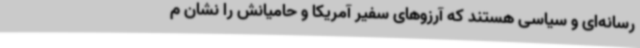
رسانه‌ای و سیاسی هستند که آرزوهای سفیر آمریکا و حامیانش را نشان م